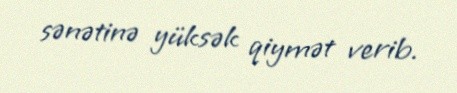
sənətinə yüksək qiymət verib.